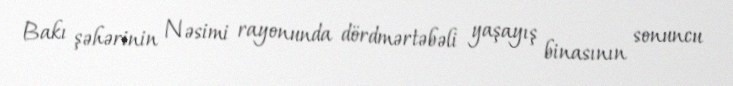
Bakı şəhərinin Nəsimi rayonunda dördmərtəbəli yaşayış binasının sonuncu